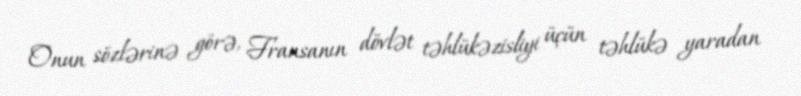
Onun sözlərinə görə, Fransanın dövlət təhlükəzisliyi üçün təhlükə yaradan